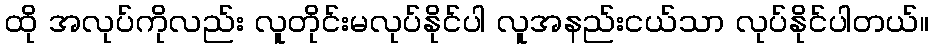
ထို အလုပ်ကိုလည်း လူတိုင်းမလုပ်နိုင်ပါ လူအနည်းငယ်သာ လုပ်နိုင်ပါတယ်။